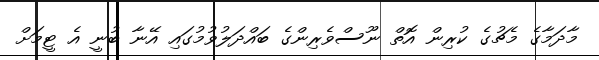
މާދަމާގެ މެޗުގެ ކުރިން އޮތް ނޫސްވެރިންގެ ބައްދަލުވުމުގައި އޭނާ ބުނީ އެ ޓީމަށް